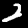
Label: 2